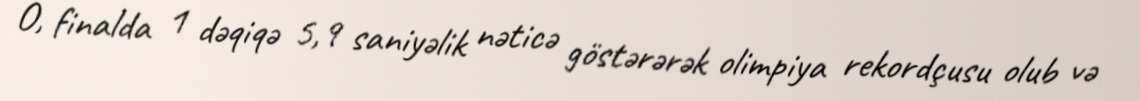
O, finalda 1 dəqiqə 5,9 saniyəlik nəticə göstərərək olimpiya rekordçusu olub və